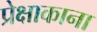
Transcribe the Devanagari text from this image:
प्रेक्षाकाना